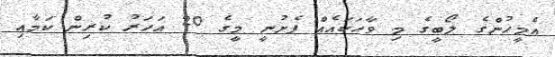
އެމީހުންގެ ލޯބީގެ މި ވާހަކައެއް ފެށުނީ މީގެ 20 އަހަރު ކުރިން ކަމާއި